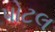
પોટલ